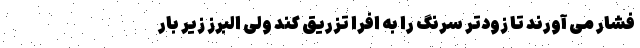
فشار می آورند تا زودتر سرنگ را به افرا تزریق کند ولی البرز زیر بار